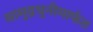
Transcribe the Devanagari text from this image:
सामुद्रधुनीमार्फत